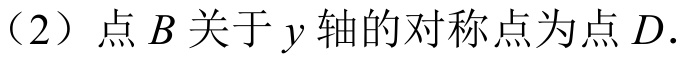
（2）点\(B\)关于\(y\)轴的对称点为点\(D\).